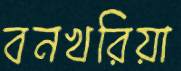
বনখরিয়া